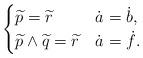
LaTeX: \begin{align*}\begin{cases}\widetilde p=\widetilde r&\dot a=\dot b,\\\widetilde p\wedge\widetilde q=\widetilde r&\dot a=\dot f.\end{cases}\end{align*}